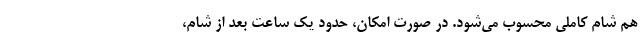
هم شام کاملی محسوب می‌شود. در صورت امکان، حدود یک ساعت بعد از شام،